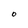
Character: O